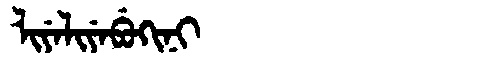
Manchu: ᠯᡳᠶᡝᠯᡳᠶᡝᠪᡠᡴᡳᠨᡳ
Romanization: LIYELIYEBUKINI